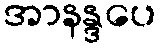
အာနန္ဒပေ